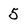
Character: 5